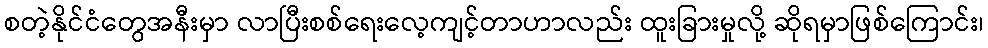
စတဲ့နိုင်ငံတွေအနီးမှာ လာပြီးစစ်ရေးလေ့ကျင့်တာဟာလည်း ထူးခြားမှုလို့ ဆိုရမှာဖြစ်ကြောင်း၊